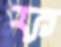
ফ